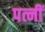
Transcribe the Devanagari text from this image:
पत्नीं